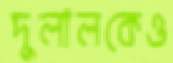
দুলালকেও